Bréfritari: Margrét Daníelsdóttir
Viðtakandi: Jakobína Magnúsdóttir
Dagsetning: A-1881-05-06
Skrifað á: Höfn  N-Múl. ?
Margrét var dóttir Jakobínu

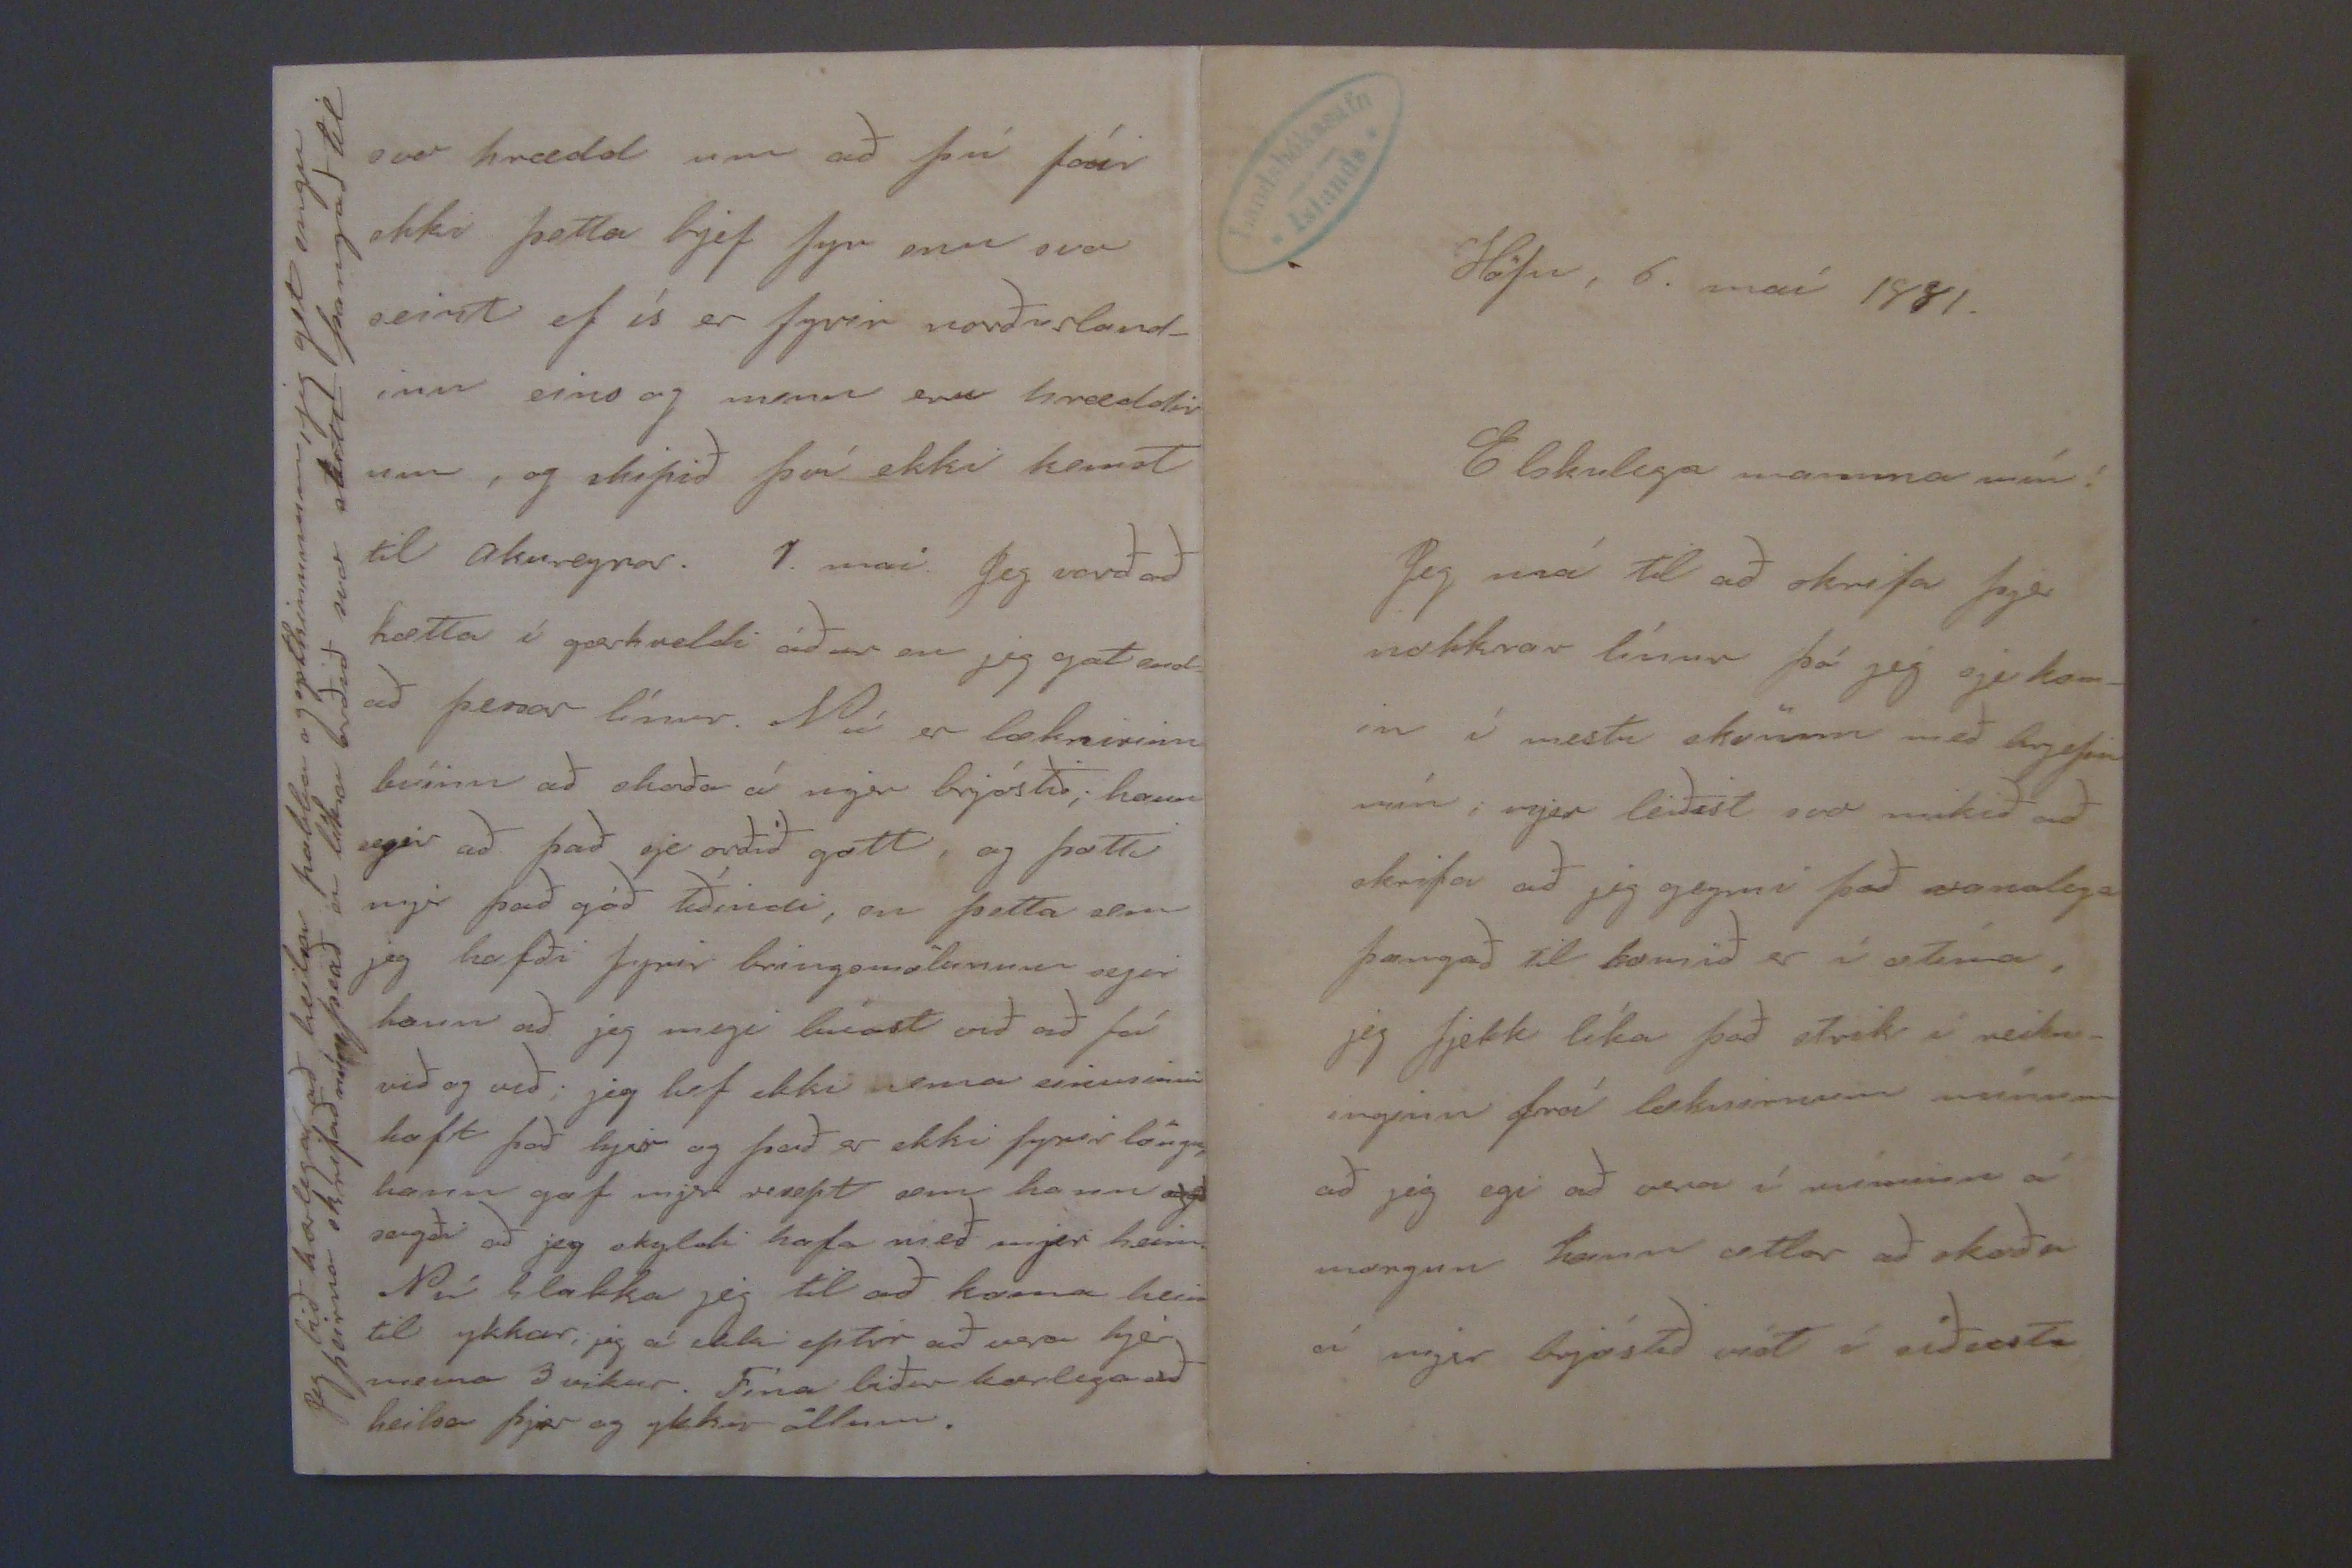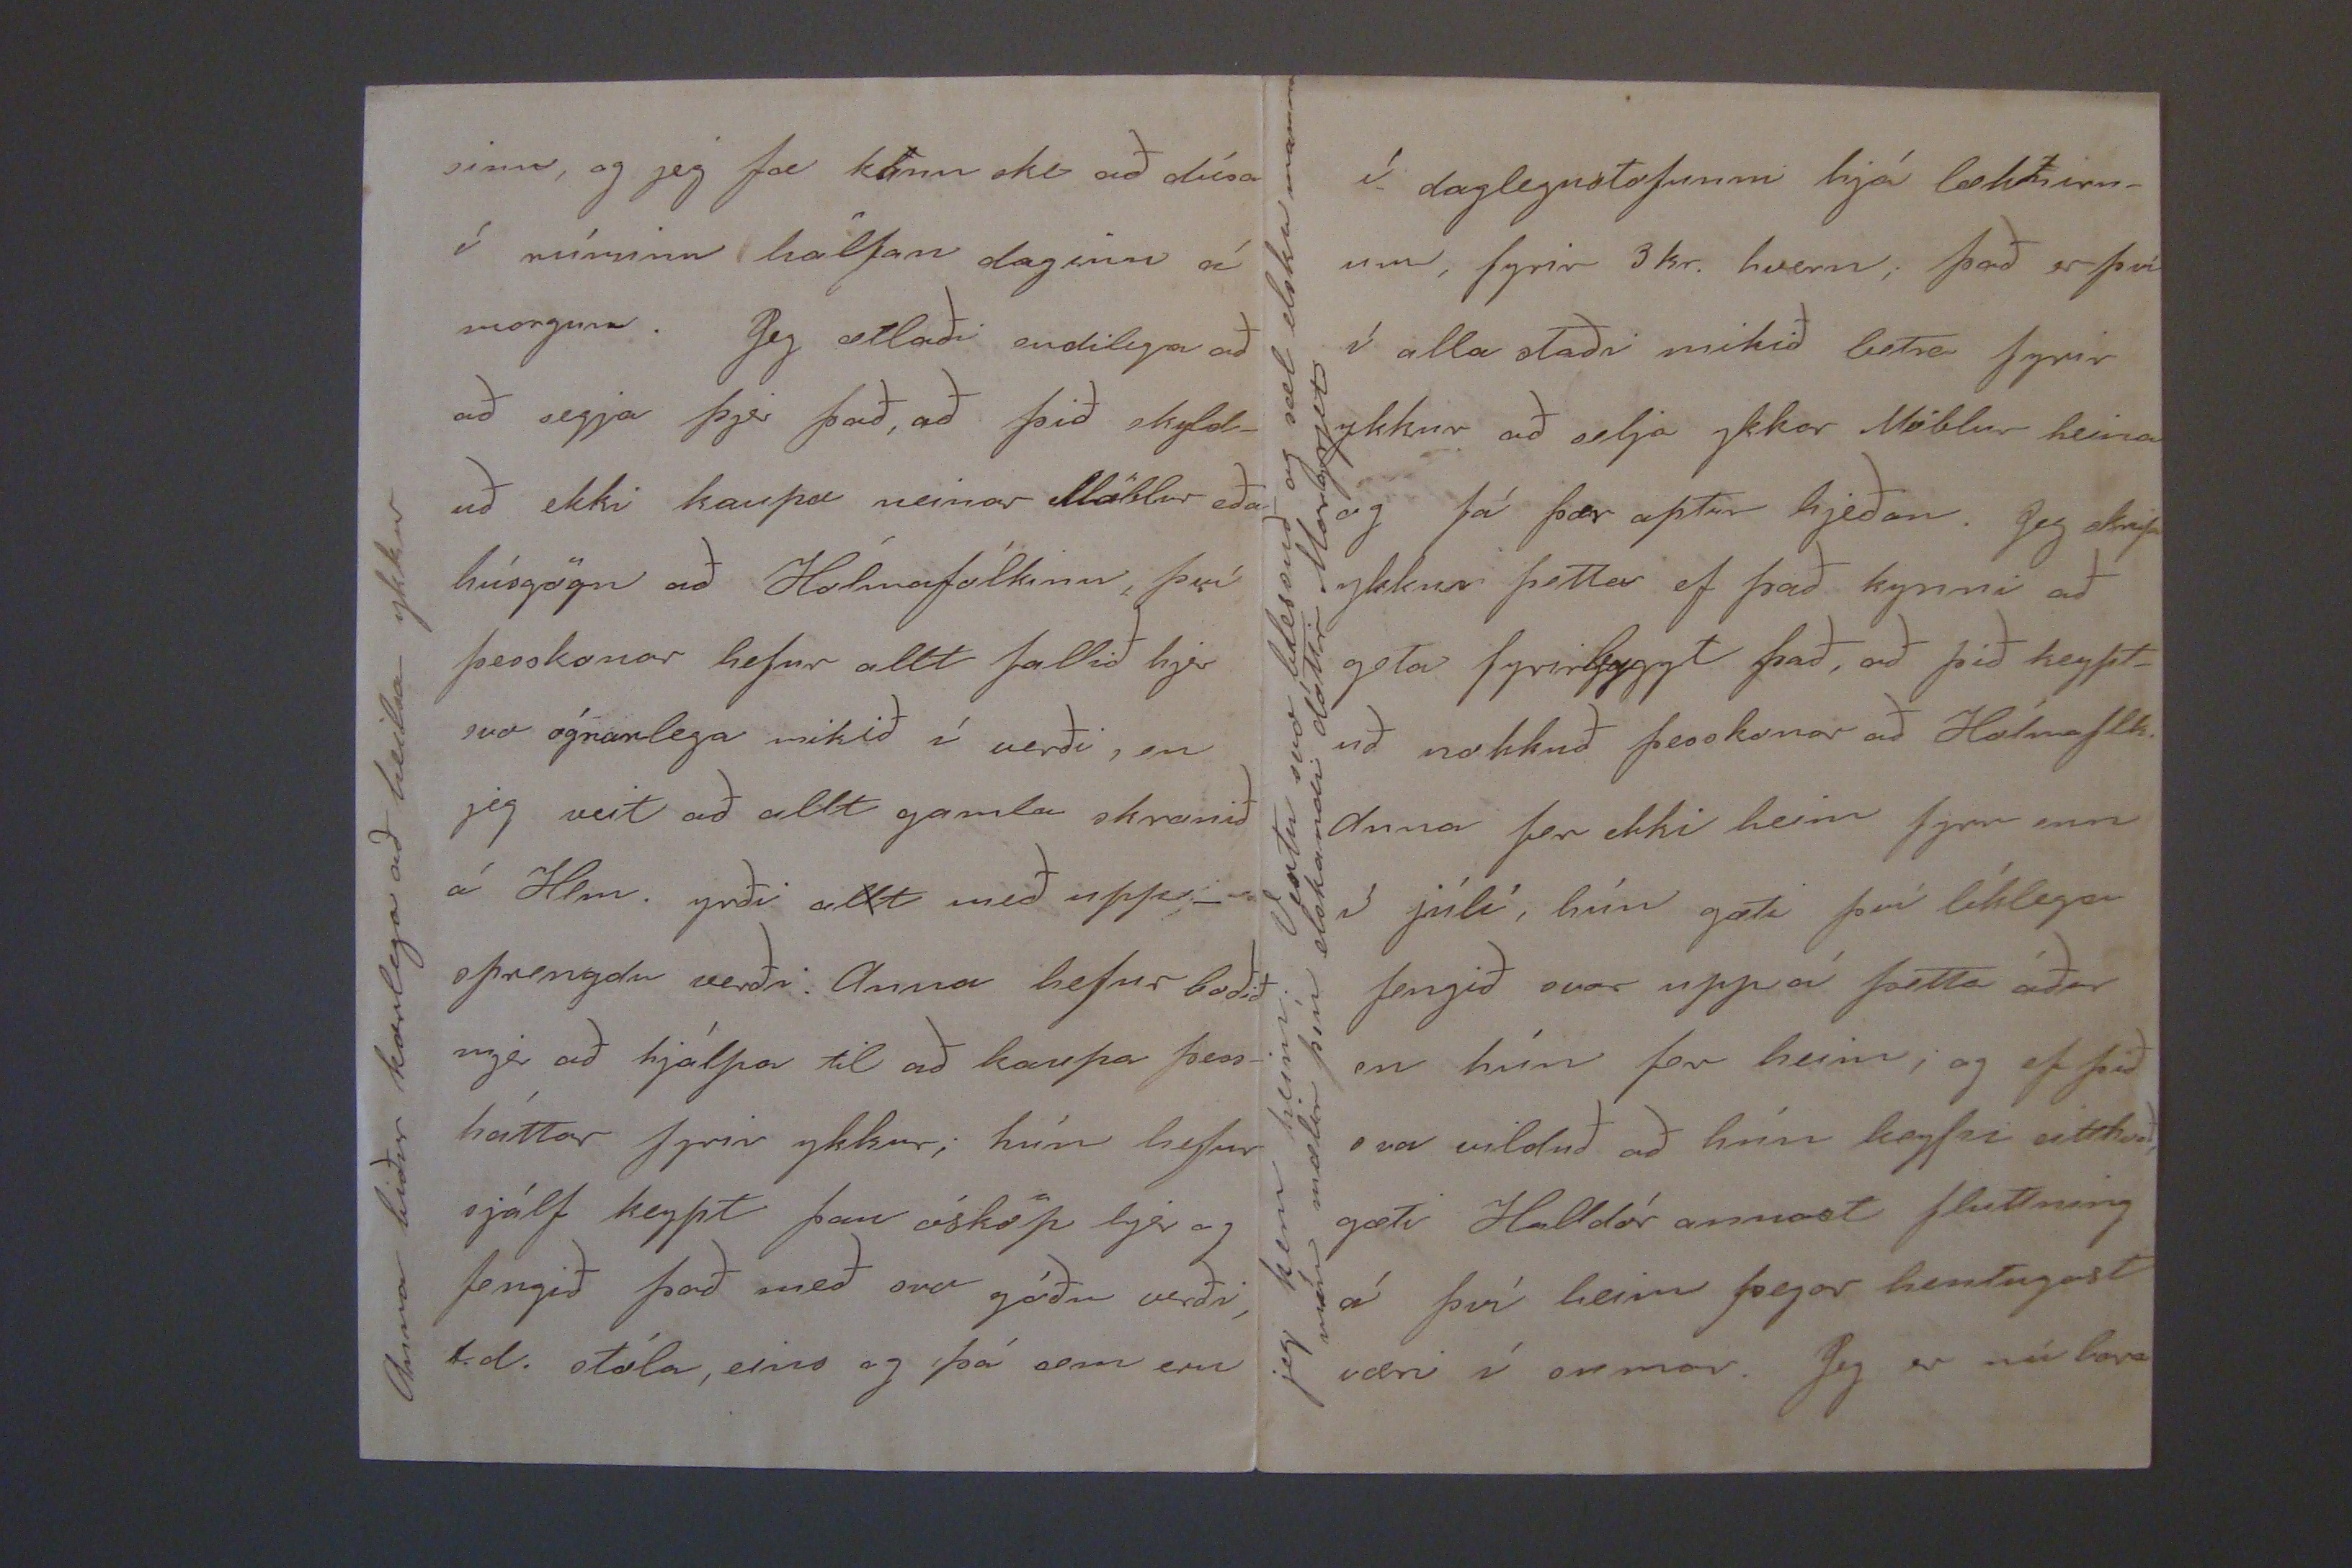

Höfn, 6. maí 1881.
Elskulega mamma mín!
Jeg má til að skrifa þjer nokkrar línur þó jeg sje kom- in í mestu skömm með brjefin mín; mjer leiðist svo mikið að skrifa að jeg geymi það vanalega þangað til komið er í
stíma
, jeg fjekk líka það strik í reikn- inginn frá lækninum mínum að jeg egi að vera í
mí00um
á morgun hann að skoða á mjer brjóstið
mit
í síðasta
sinn, og jeg fæ kann ske að dúsa í rúminu hálfan daginn á morgun. Jeg ætlaði endilega að að segja þjer það, að þið skyld- uð ekki kaupa neinar möblur eða húsgögn að Hólmafólkinu, því þesskonar hefur allt folkið hjer svo ógnarlega mikið í verði, en jeg veit að allt gamla skranið á Hlm. yrði allt með upp_ sprengdu verði. Anna hefur boðið mjer að hjálpa til að kaupa þess- háttar fyrir ykkur; hún hefur sjálft keypt þau ósköp hjer og fengið það með svo góðu verði, t.d. stóla, eins og þá sem eru
Amma biður kærlega að heilsa ykkur
í daglegustofunni hjá læknirn- um, fyrir 3 kr. hvern; það er því í alla staði mikið betra fyrir ykkur að selja ykkar Nóblur heima og þá þær aptur hjeðan. Jeg skrifa ykkur þetta ef það kynni að geta fyrirbyggt það, að þið keypt- uð nokkuð þesskonar að Holmaflk. anna fer ekki heim fyrr enn 3 júlí, hún gæti því líklega fengið svar uppá þetta áður en hún fer heim, og ef þið
svo
vilduð að hún keyppi eitthvað, gæti Halldór annast fluttning á því heim þegar hentugast væri í sumar. Jeg er nú bara
jeg kem heim; Vertu svo blessuð og sæl elsku mamma mín mælir þín elskandi dóttir Margrjet
svo hrædd um að þú fáir ekki þetta brjef fyr enn svo seint ef ís er fyrir norðurland- inu eins og menn eru hræddir um, og skipið því ekki kemst til akureyrar. 7. maí. Jeg varð að hætta í gærkveldi áður en jeg gat end- að þessar línur. Nú er læknirinn búinn að skoða á mjer brjóstið; hann segir að það sje orðið gott, og þotti mjer það góð tíðindi, en þetta sem jeg hafði fyrir bring
smölunum
segir hann að jeg megi búast við að fá við og við; jeg hef ekki nema einusinni haft það hjer og það er ekki fyrir löngu, hann gaf mjer
00rept
sem hann
agð
sagði að jeg skyldi hafa með mjer heim. Nú hlakka jeg til að koma heim til ykkar, jeg á ekki eptir að vera hjer nema 3 vikur. Fína biður kærlega að heilsa þjer og ykkur öllum.
Jeg bið kærlega að heilsa pabba og systkinunum, jeg get engu seirna skrifað nú
þíað
er líka orðið svo stutt þangað til